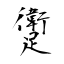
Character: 躗